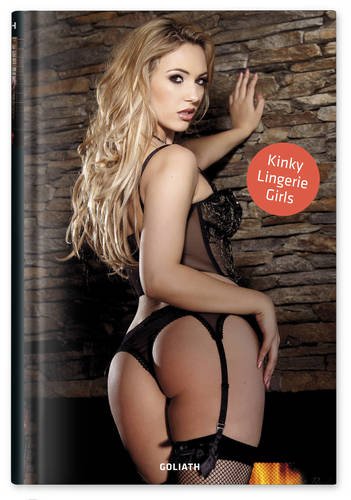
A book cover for Kinky Lingerie Girls; Arts & Photography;